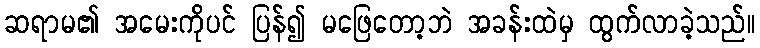
ဆရာမ၏ အမေးကိုပင် ပြန်၍ မဖြေတော့ဘဲ အခန်းထဲမှ ထွက်လာခဲ့သည်။